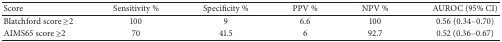
| Score | Sensitivity % | Specificity % | PPV % | NPV % | AUROC (95% CI) |
 | --- | --- | --- | --- | --- | --- |
 | Blatchford score ≥2 | 100 | 9 | 6.6 | 100 | 0.56 (0.34–0.70) |
 | AIMS65 score ≥2 | 70 | 41.5 | 6 | 92.7 | 0.52 (0.36–0.67) |